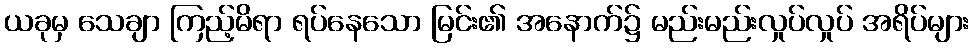
ယခုမှ သေချာ ကြည့်မိရာ ရပ်နေသော မြင်း၏ အနောက်၌ မည်းမည်းလှုပ်လှုပ် အရိပ်များ